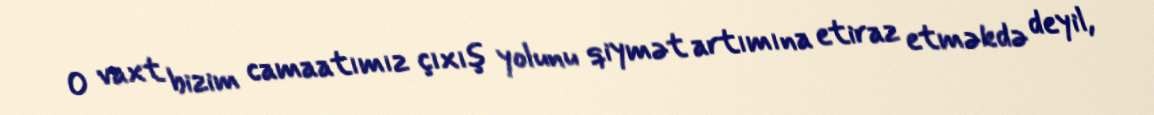
O vaxt bizim camaatımız çıxış yolunu qiymət artımına etiraz etməkdə deyil,